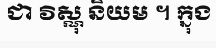
ជា វិស្ណុ និយម ។ ក្នុង